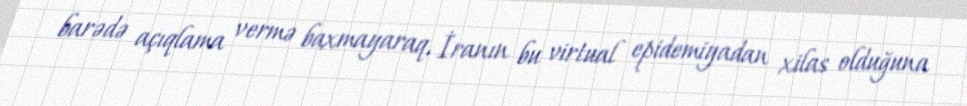
barədə açıqlama vermə baxmayaraq, İranın bu virtual epidemiyadan xilas olduğuna